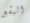
البشع